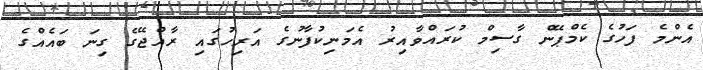
އެންމެ ފަހުގެ ކެމްޕޭން ގާސިމް ކުރައްވާއިރު އެމަނިކުފާނުގެ އަރިހުގައި ރާއްޖޭގެ ގިނަ ބައެއްގެ